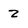
Character: 2